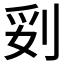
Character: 𱐛